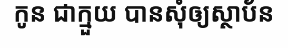
កូន ជាក្មួយ បានសុំឲ្យស្ថាប័ន